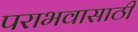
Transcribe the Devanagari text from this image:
पराभवासाठी